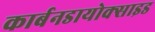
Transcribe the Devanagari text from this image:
कार्बनडायोक्साइड